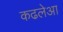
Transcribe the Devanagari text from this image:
कढलेआ